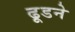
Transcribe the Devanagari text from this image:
ढूडने